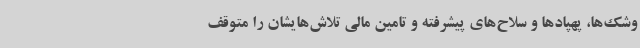
وشک‌ها، پهپادها و سلاح‌های پیشرفته و تامین مالی تلاش‌هایشان را متوقف